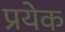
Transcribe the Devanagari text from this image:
प्रयेक